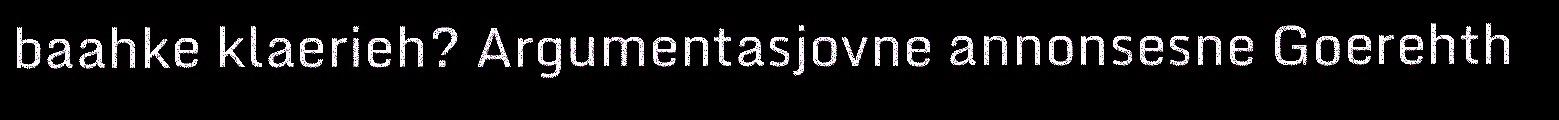
baahke klaerieh? Argumentasjovne annonsesne Goerehth